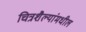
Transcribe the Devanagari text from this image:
चित्रशैल्यांमधील